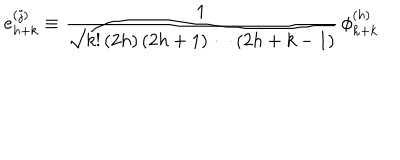
LaTeX: e _ { h + k } ^ { ( j ) } \equiv { \frac { 1 } { \sqrt { k ! \, ( 2 h ) \, ( 2 h + 1 ) \cdots ( 2 h + k - 1 ) } } } \, \phi _ { h + k } ^ { ( h ) }